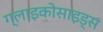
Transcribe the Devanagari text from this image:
ग्लाइकोसाइड्स